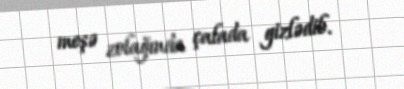
meşə zolağında çalada gizlədib.